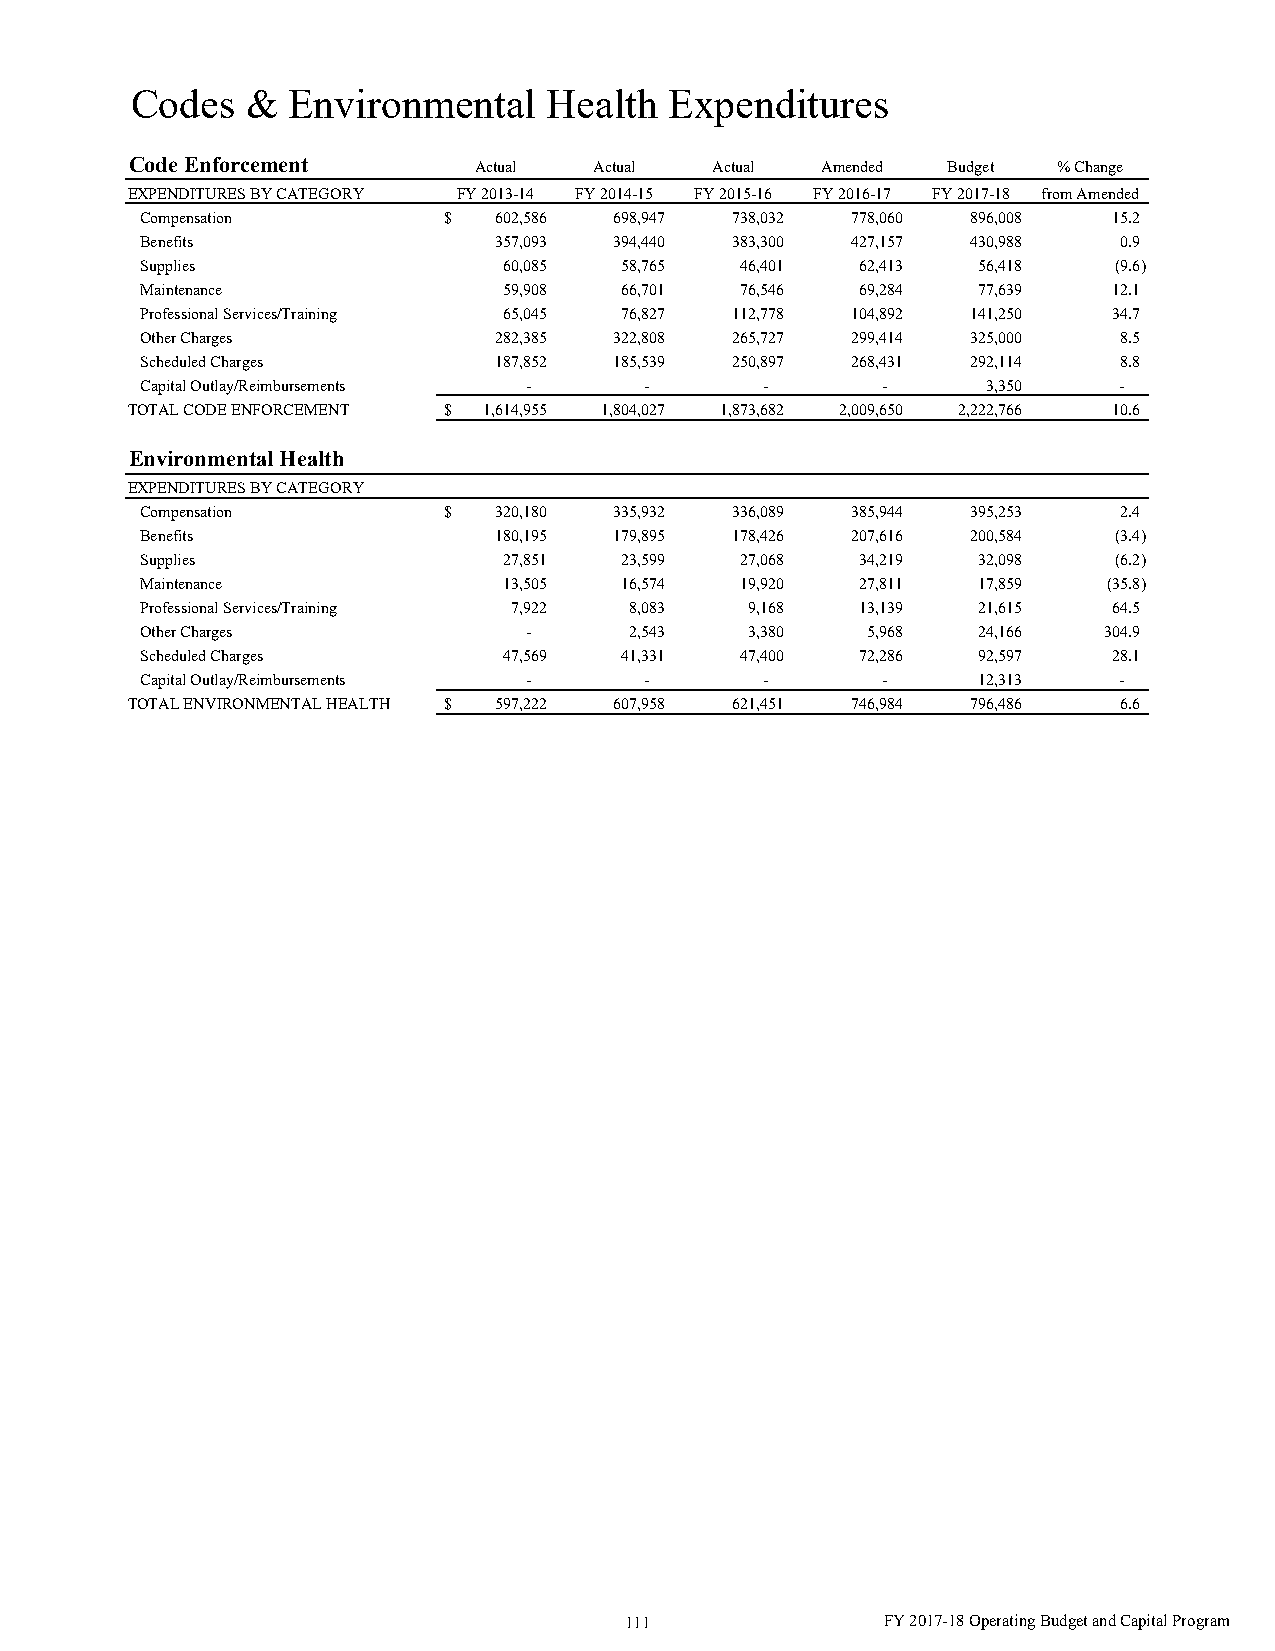
Codes  &  Environmental    Health  Expenditures
 Code Enforcement      Actual  Actual  Actual Amended  Budget % Change
 EXPENDITURES BY CATEGORY FY 2013-14 FY 2014-15 FY 2015-16 FY 2016-17 FY 2017-18 from Amended
 Compensation        $   602,586 698,947 738,032 778,060 896,008  15.2
 Benefits                357,093 394,440 383,300 427,157 430,988  0.9
 Supplies                60,085  58,765  46,401  62,413  56,418   (9.6)
 Maintenance             59,908  66,701  76,546  69,284  77,639   12.1
 Professional Services/Training 65,045 76,827 112,778 104,892 141,250 34.7
 Other Charges           282,385 322,808 265,727 299,414 325,000  8.5
 Scheduled Charges       187,852 185,539 250,897 268,431 292,114  8.8
 Capital Outlay/Reimbursements -   -       -      -      3,350    -
 TOTAL CODE ENFORCEMENT $ 1,614,955 1,804,027 1,873,682 2,009,650 2,222,766 10.6
 Environmental Health
 EXPENDITURES BY CATEGORY
 Compensation        $   320,180 335,932 336,089 385,944 395,253  2.4
 Benefits                180,195 179,895 178,426 207,616 200,584  (3.4)
 Supplies                27,851  23,599  27,068  34,219  32,098   (6.2)
 Maintenance             13,505  16,574  19,920  27,811  17,859  (35.8)
 Professional Services/Training 7,922 8,083 9,168 13,139 21,615   64.5
 Other Charges             -      2,543   3,380  5,968   24,166  304.9
 Scheduled Charges       47,569  41,331  47,400  72,286  92,597   28.1
 Capital Outlay/Reimbursements -   -       -      -      12,313   -
 TOTAL ENVIRONMENTAL HEALTH $ 597,222 607,958 621,451 746,984 796,486 6.6
 111               FY 2017-18 Operating Budget and Capital Program